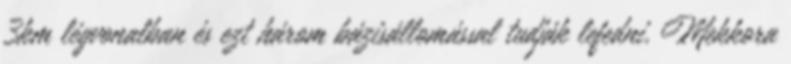
3km légvonalban és ezt három bázisállomással tudják lefedni. Mekkora